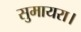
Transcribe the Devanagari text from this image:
सुमायरा।